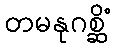
တမနုဂစ္ဆိံ